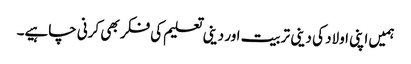
ہمیں اپنی اولاد کی دینی تربیت اور دینی تعلیم کی فکر بھی کرنی چاہیے۔